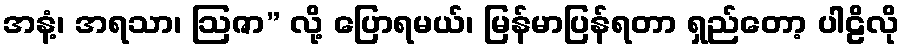
အနံ့၊ အရသာ၊ ဩဇာ” လို့ ပြောရမယ်၊ မြန်မာပြန်ရတာ ရှည်တော့ ပါဠိလို